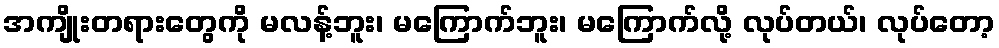
အကျိုးတရားတွေကို မလန့်ဘူး၊ မကြောက်ဘူး၊ မကြောက်လို့ လုပ်တယ်၊ လုပ်တော့